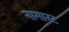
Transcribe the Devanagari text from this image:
नागास्ट